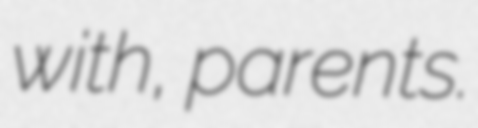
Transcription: with, parents.